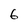
Character: 6